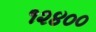
૧૨૪૦૦